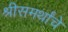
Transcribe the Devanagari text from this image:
श्रीसमर्थांचे